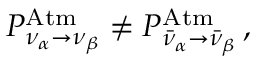
P _ { \nu _ { \alpha } \to \nu _ { \beta } } ^ { \mathrm { A t m } } \not = P _ { \bar { \nu } _ { \alpha } \to \bar { \nu } _ { \beta } } ^ { \mathrm { A t m } } \, ,